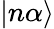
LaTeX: |n\alpha\rangle